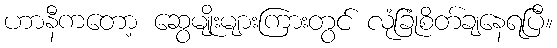
ဟာနီကတော့ ဆွေမျိုးများကြားတွင် လုံခြုံစိတ်ချနေရပြီ။